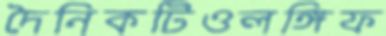
দৈনিকটিওলঙ্গিফ